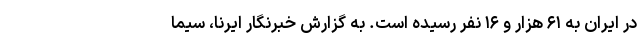
در ایران به ۶۱ هزار و ۱۶ نفر رسیده است. به گزارش خبرنگار ایرنا، سیما